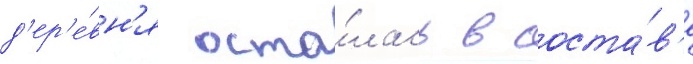
д'ер'е́вн'я оста́лась в соста́в'е